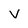
Character: v